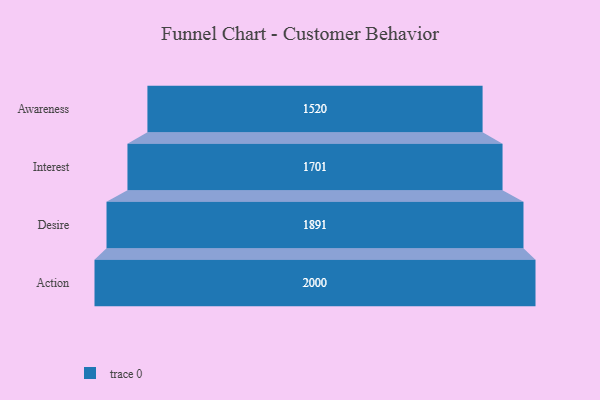
{"axis": {"x": "Stage", "y": "Value"}, "legend": [""], "data": [{"x": "Awareness", "y": 1520.0, "type": ""}, {"x": "Interest", "y": 1701.0, "type": ""}, {"x": "Desire", "y": 1891.0, "type": ""}, {"x": "Action", "y": 2000, "type": ""}]}